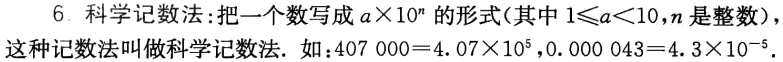
6. 科学记数法：把一个数写成\(a\times10^{n}\)的形式（其中\(1\leqslant a<10\)，\(n\)是整数），这种记数法叫做科学记数法. 如：\(407000 = 4.07\times10^{5}\)，\(0.000043 = 4.3\times10^{-5}\).